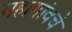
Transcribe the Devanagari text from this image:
महागांवचे